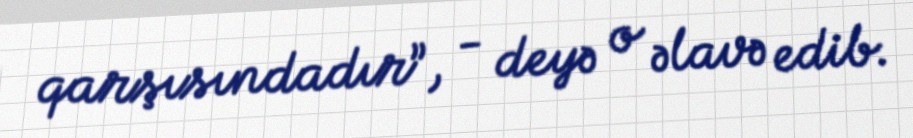
qarşısındadır”, - deyə o əlavə edib.